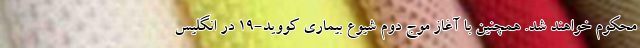
محکوم خواهند شد. همچنین با آغاز موج دوم شیوع بیماری کووید-۱۹ در انگلیس